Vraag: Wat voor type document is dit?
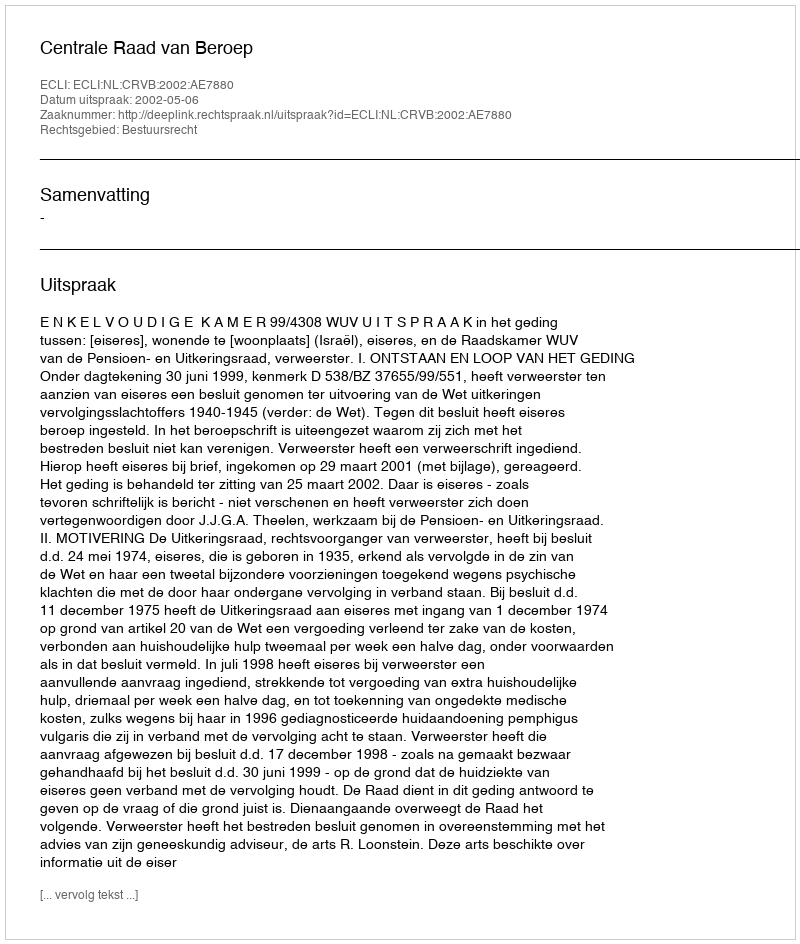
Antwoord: Uitspraak